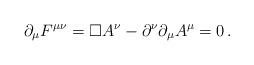
LaTeX: \begin{align*}\partial_\mu F^{\mu \nu} = \Box A^\nu -\partial^\nu \partial_\mu A^\mu = 0 \, .\end{align*}